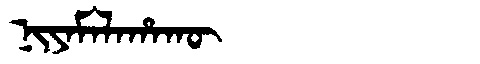
Manchu: ᠨᡳᠶᠠᠮᠠᠯᠠᡥᠠᡴᡡ
Romanization: NIYAMALAHAKŪ